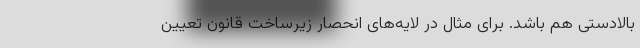
بالادستی هم باشد. برای مثال در لایه‌های انحصار زیرساخت قانون تعیین